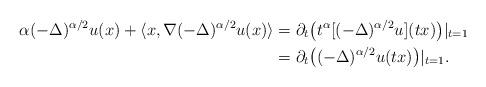
LaTeX: \begin{align*}\alpha (-\Delta)^{\alpha/2}u(x)+ \langle x, \nabla (-\Delta)^{\alpha/2} u(x)\rangle&=\partial_t \big(t^{\alpha}[(-\Delta)^{\alpha/2}u](tx)\big) |_{t=1}\\&=\partial_t \big((-\Delta)^{\alpha/2} u(tx)\big)|_{t=1}.\end{align*}